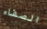
الصفاء